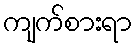
ကျက်စားရာ